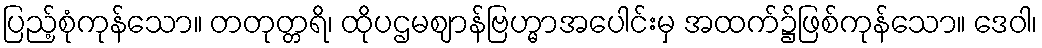
ပြည့်စုံကုန်သော။ တတုတ္တရိ၊ ထိုပဌမဈာန်ဗြဟ္မာအပေါင်းမှ အထက်၌ဖြစ်ကုန်သော။ ဒေဝါ၊